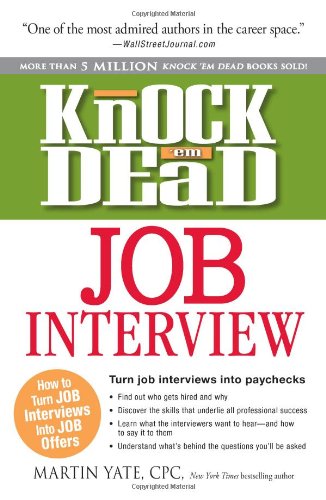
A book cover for Knock 'em Dead Job Interview: How to Turn Job Interviews Into Job Offers; Martin Yate CPC; Business & Money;